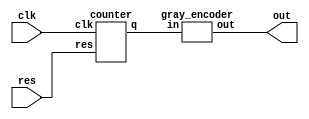
module grayCode(out, clk, res);
    output [1:0]out;
    input clk, res;
    wire [1:0]q;

    counter c(q, clk, res);
    gray_encoder g(out, q);
endmodule

module gray_encoder(out, in);
    output [1:0]out;
    input [1:0]in;

    xor (out[0], in[0], in[1]);
    and (out[1], in[0], in[1]);
endmodule

module counter(q, clk, res);
    output [1:0]q;
    input clk, res;

    wire new_clk;
    clock_reduce cr(new_clk, clk, res);
    T_FF t0(q[0], 1'b1, new_clk, res);
    T_FF t1(q[1], q[0], new_clk, res);
endmodule

module clock_reduce(clk_out, clk_in, reset);
    input clk_in, reset;
    wire [18:0]counters;
    output clk_out;

    T_FF t0(counters[0], 1'b1, clk_in, reset);
    T_FF t1(counters[1], 1'b1, counters[0], reset);
    T_FF t2(counters[2], 1'b1, counters[1], reset);
    T_FF t3(counters[3], 1'b1, counters[2], reset);
    T_FF t4(counters[4], 1'b1, counters[3], reset);
    T_FF t5(counters[5], 1'b1, counters[4], reset);
    T_FF t6(counters[6], 1'b1, counters[5], reset);
    T_FF t7(counters[7], 1'b1, counters[6], reset);
    T_FF t8(counters[8], 1'b1, counters[7], reset);
    T_FF t9(counters[9], 1'b1, counters[8], reset);
    T_FF t10(counters[10], 1'b1, counters[9], reset);
    T_FF t11(counters[11], 1'b1, counters[10], reset);
    T_FF t12(counters[12], 1'b1, counters[11], reset);
    T_FF t13(counters[13], 1'b1, counters[12], reset);
    T_FF t14(counters[14], 1'b1, counters[13], reset);
    T_FF t15(counters[15], 1'b1, counters[14], reset);
    T_FF t16(counters[16], 1'b1, counters[15], reset);
    T_FF t17(counters[17], 1'b1, counters[16], reset);
    T_FF t18(counters[18], 1'b1, counters[17], reset);
    T_FF t19(clk_out, 1'b1, counters[18], reset);
endmodule

module T_FF(q, t, clk, res);
    output q;
    input t, clk, res;
    wire d;

    xor (d, q, t);
    D_FF dff(q, d, clk, res);
endmodule

module D_FF(q, d, clk, res);
    output q;
    input d, clk, res;
    reg q;
    always @(posedge res or negedge clk) begin
        if (res == 1'b1) begin
            q <= 1'b0;
        end else begin
            q <= d;
        end
    end
endmodule